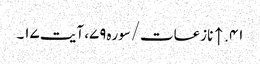
۴۱. ↑ نازعات/سوره۷۹، آیت ۱۷۔